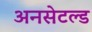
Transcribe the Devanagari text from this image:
अनसेटल्ड